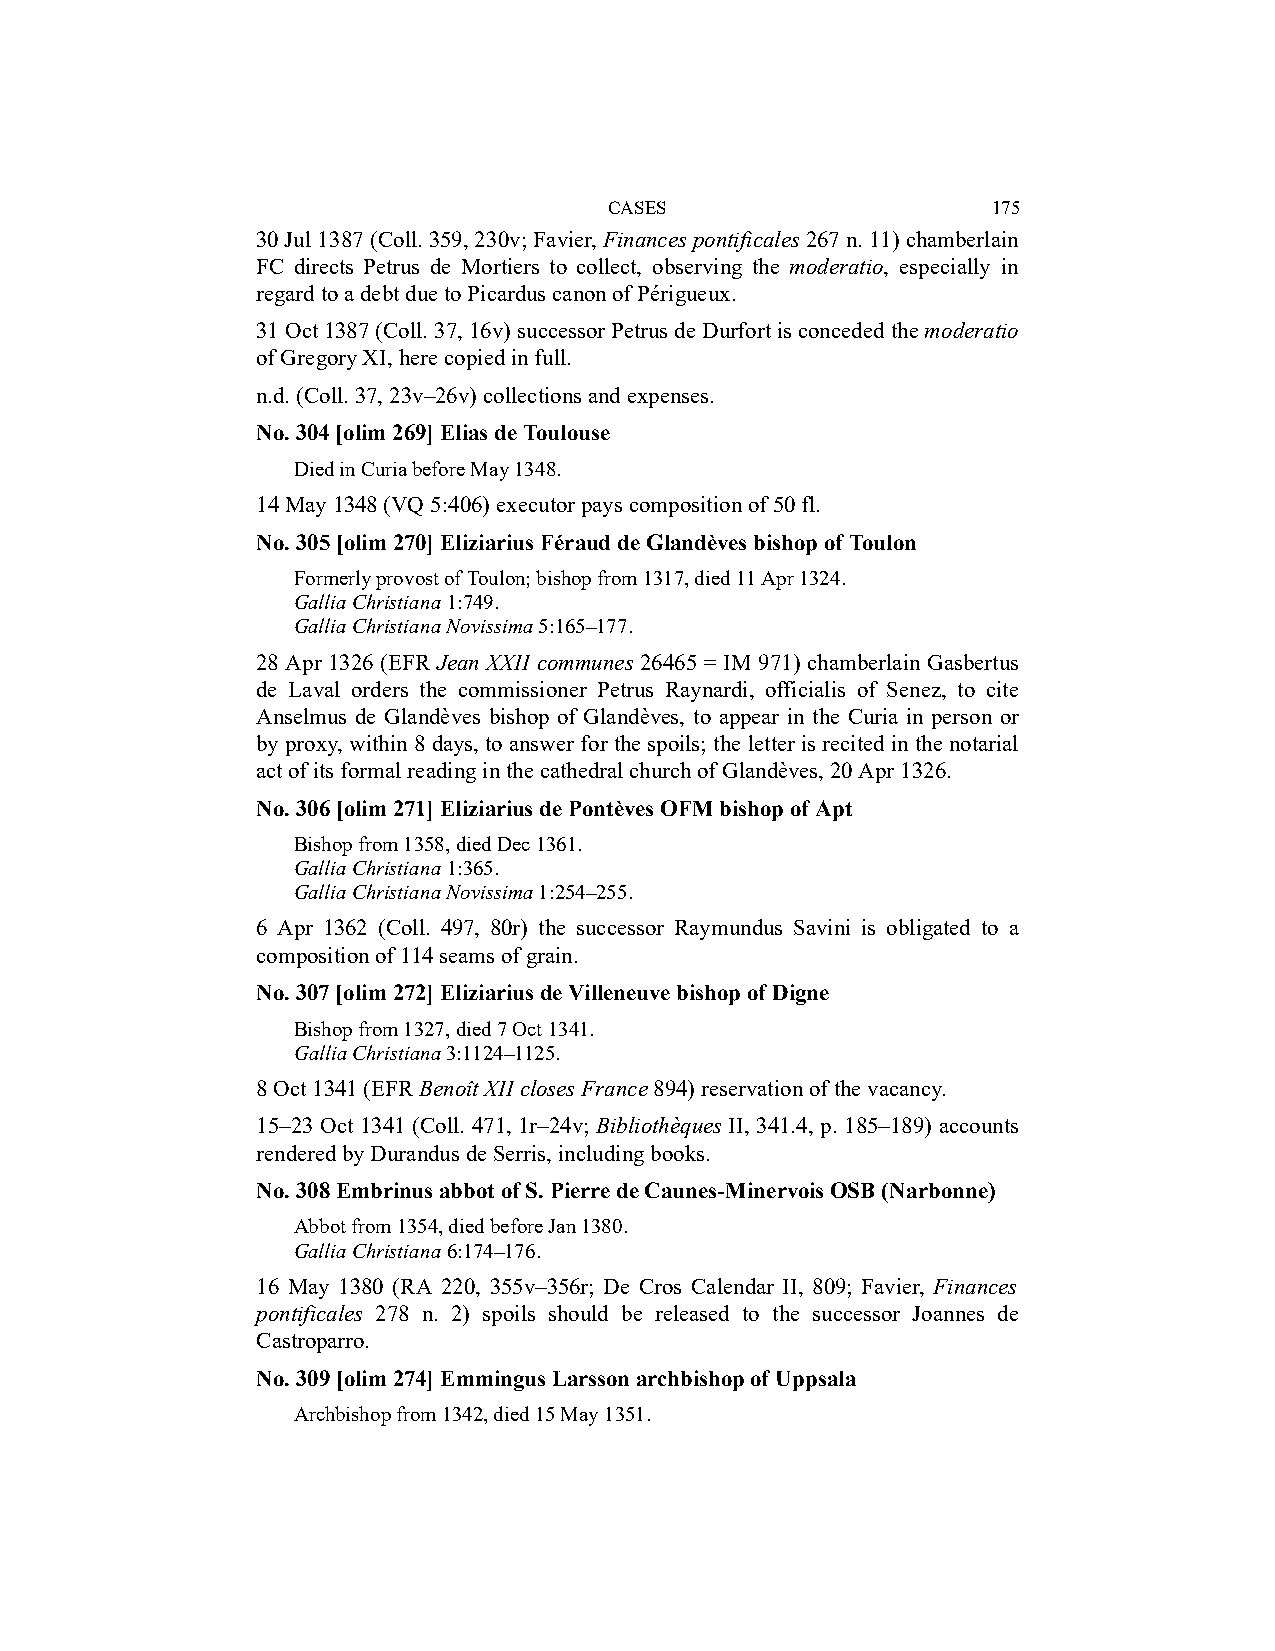
CASES                     175
 30 Jul 1387 (Coll. 359, 230v; Favier, Finances pontificales 267 n. 11) chamberlain
 FC directs Petrus de Mortiers to collect, observing the moderatio, especially in
 regard to a debt due to Picardus canon of Périgueux.
 31 Oct 1387 (Coll. 37, 16v) successor Petrus de Durfort is conceded the moderatio
 of Gregory XI, here copied in full.
 n.d. (Coll. 37, 23v–26v) collections and expenses.
 No. 304 [olim 269] Elias de Toulouse
 Died in Curia before May 1348.
 14 May 1348 (VQ 5:406) executor pays composition of 50 fl.
 No. 305 [olim 270] Eliziarius Féraud de Glandèves bishop of Toulon
 Formerly provost of Toulon; bishop from 1317, died 11 Apr 1324.
 Gallia Christiana 1:749.
 Gallia Christiana Novissima 5:165–177.
 28 Apr 1326 (EFR Jean XXII communes 26465 = IM 971) chamberlain Gasbertus
 de Laval orders the commissioner Petrus Raynardi, officialis of Senez, to cite
 Anselmus de Glandèves bishop of Glandèves, to appear in the Curia in person or
 by proxy, within 8 days, to answer for the spoils; the letter is recited in the notarial
 act of its formal reading in the cathedral church of Glandèves, 20 Apr 1326.
 No. 306 [olim 271] Eliziarius de Pontèves OFM bishop of Apt
 Bishop from 1358, died Dec 1361.
 Gallia Christiana 1:365.
 Gallia Christiana Novissima 1:254–255.
 6 Apr 1362 (Coll. 497, 80r) the successor Raymundus Savini is obligated to a
 composition of 114 seams of grain.
 No. 307 [olim 272] Eliziarius de Villeneuve bishop of Digne
 Bishop from 1327, died 7 Oct 1341.
 Gallia Christiana 3:1124–1125.
 8 Oct 1341 (EFR Benoît XII closes France 894) reservation of the vacancy.
 15–23 Oct 1341 (Coll. 471, 1r–24v; Bibliothèques II, 341.4, p. 185–189) accounts
 rendered by Durandus de Serris, including books.
 No. 308 Embrinus abbot of S. Pierre de Caunes-Minervois OSB (Narbonne)
 Abbot from 1354, died before Jan 1380.
 Gallia Christiana 6:174–176.
 16 May 1380 (RA 220, 355v–356r; De Cros Calendar II, 809; Favier, Finances
 pontificales 278 n. 2) spoils should be released to the successor Joannes de
 Castroparro.
 No. 309 [olim 274] Emmingus Larsson archbishop of Uppsala
 Archbishop from 1342, died 15 May 1351.